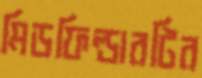
মিডফিল্ডারটির